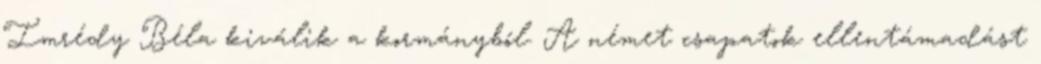
Imrédy Béla kiválik a kormányból. A német csapatok ellentámadást